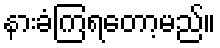
နားခံကြရတော့မည်။